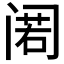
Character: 𲉃